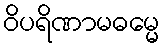
ဝိပရိဏာမဓမ္မေ